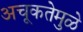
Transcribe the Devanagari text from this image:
अचूकतेमुळे